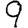
Digit: 9